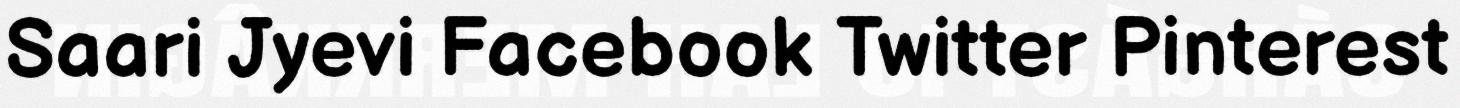
Saari Jyevi Facebook Twitter Pinterest